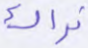
نراك